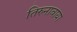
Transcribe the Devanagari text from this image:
तिरुनावाया